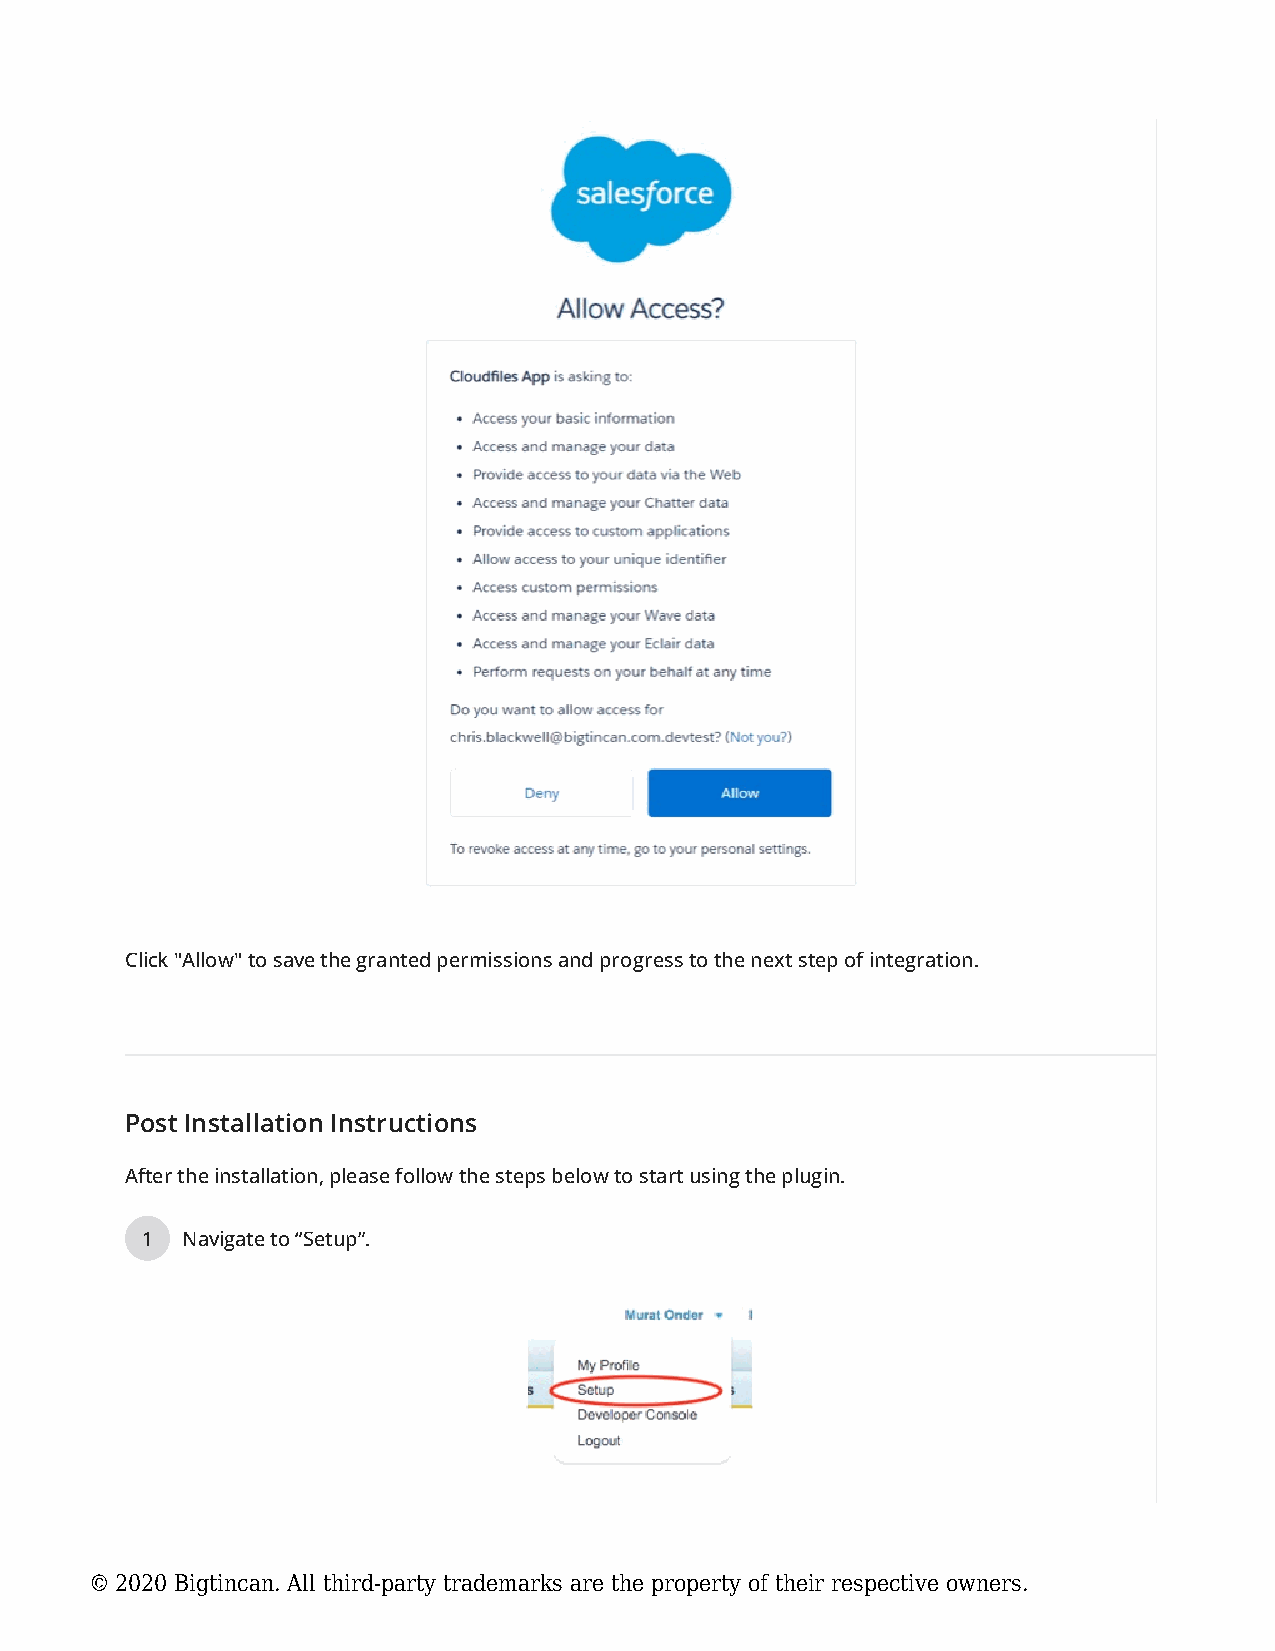
Click "Allow" to save the granted permissions and progress to the next step of integration.
 Post Installation Instructions
 After the installation, please follow the steps below to start using the plugin.
 1  Navigate to “Setup”.
 © 2020 Bigtincan. All third-party trademarks are the property of their respective owners.